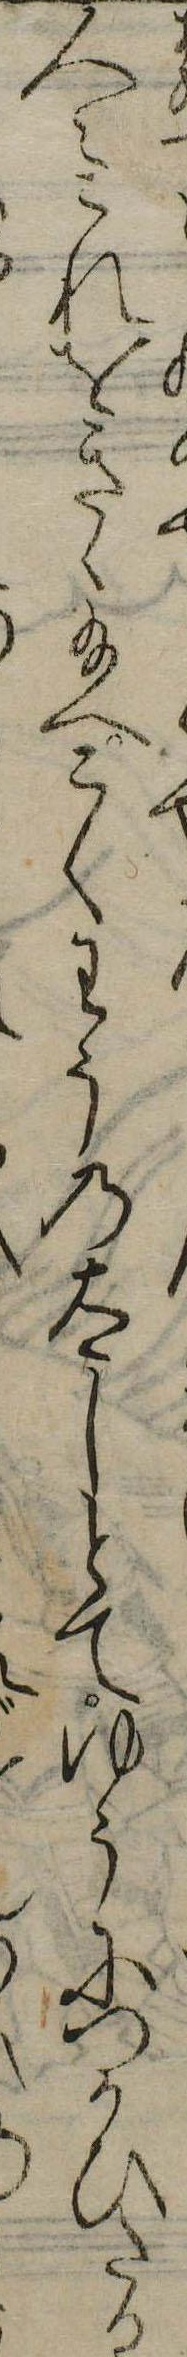
人々これをきゝ給へこくわうの太しとてゆうにつかひたる